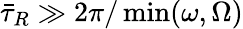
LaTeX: \bar{\tau}_{R}\gg 2\pi/\operatorname*{min}(\omega,\Omega)